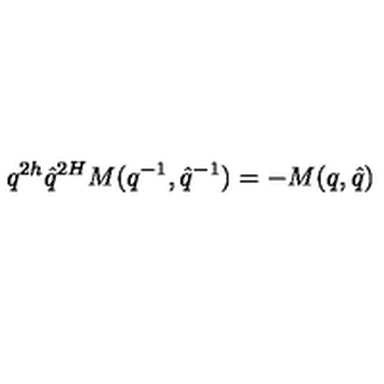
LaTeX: q ^ { 2 h } \hat { q } ^ { 2 H } M ( q ^ { - 1 } , \hat { q } ^ { - 1 } ) = - M ( q , \hat { q } )